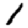
Digit: 1